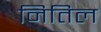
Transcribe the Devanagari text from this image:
नितिल